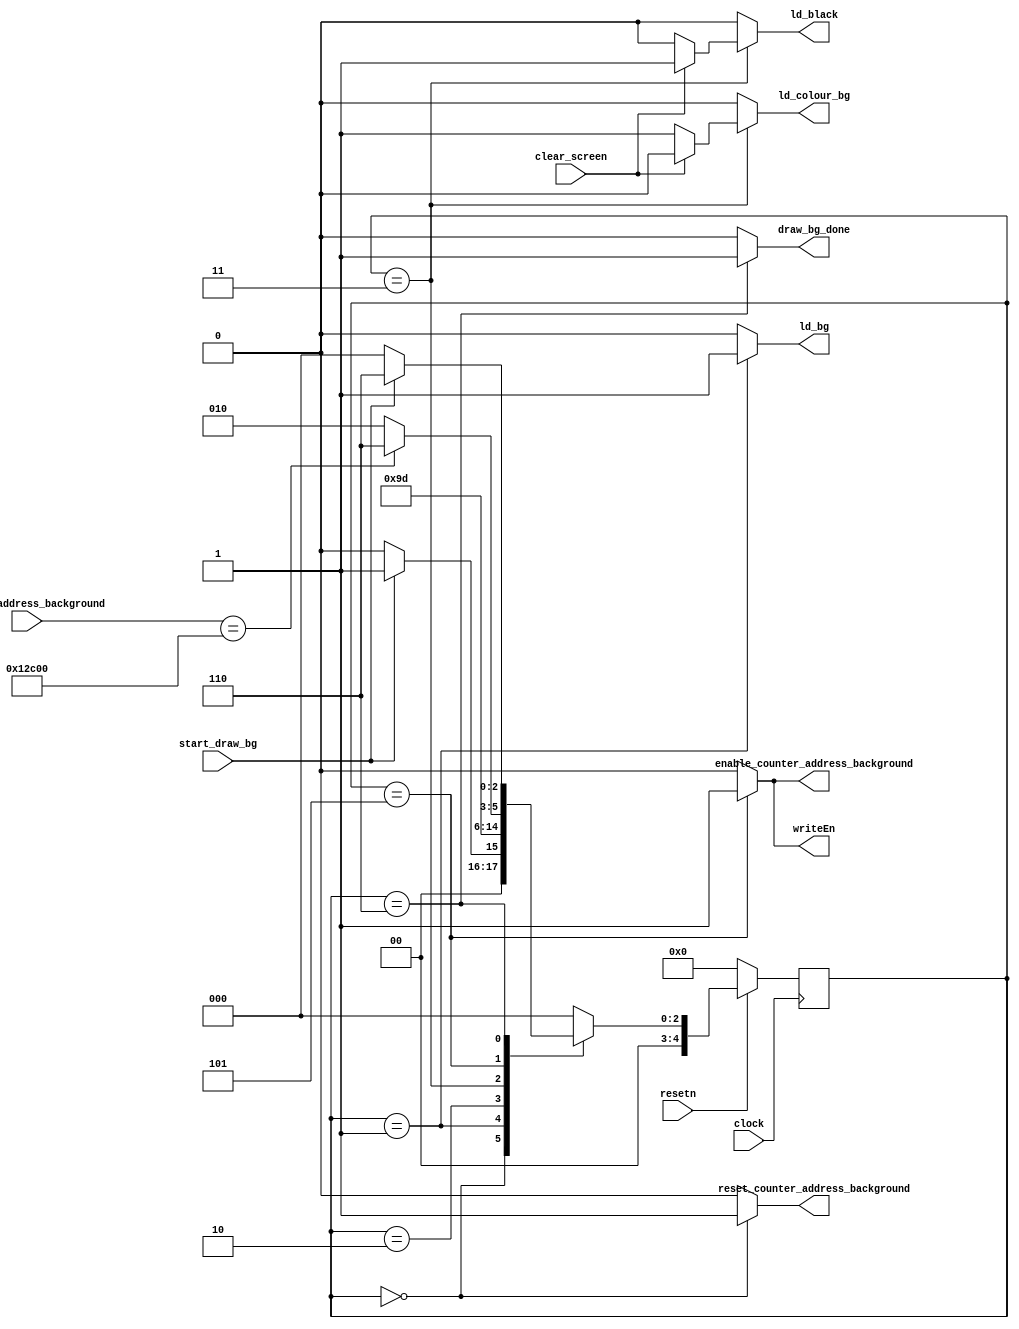

module draw_bg_control(input clock, resetn, start_draw_bg,
		    	input [16:0] counter_address_background,
			input clear_screen,
			output reg draw_bg_done, writeEn,
			output reg ld_bg, ld_colour_bg,	ld_black,
			output reg enable_counter_address_background, reset_counter_address_background
			   );

    reg[4:0] current_state, next_state;

    localparam  S_WAIT_DRAW	     = 5'd0,
	   	S_LOAD_BG		= 5'd1,
		S_WAIT_FOR_READ_BG = 5'd2,
		S_LOAD_COLOUR_BG  =5'd3,
		S_DRAW_BG	     = 5'd5,
		S_DONE_BG	     = 5'd6;

		
    // Next state logic aka our state table
    always@(*)
    begin: state_table 
            case (current_state)
                S_WAIT_DRAW: next_state = start_draw_bg ? S_LOAD_BG: S_WAIT_DRAW;
		// for drawing background
		S_LOAD_BG: next_state = S_WAIT_FOR_READ_BG;  // load initial x,y
		S_WAIT_FOR_READ_BG: next_state = S_LOAD_COLOUR_BG;  // wait for address to change and read in colour
		S_LOAD_COLOUR_BG: next_state = S_DRAW_BG;  // wait one pulse to read in colour
		S_DRAW_BG: next_state = (counter_address_background == 17'd76800) ? S_DONE_BG: S_WAIT_FOR_READ_BG;
		S_DONE_BG: next_state = start_draw_bg ? S_DONE_BG : S_WAIT_DRAW;

            default:     next_state = S_WAIT_DRAW;
        endcase
    end // state_table

    // Output logic aka all of our datapath control signals
    always @(*)
    begin: enable_signals
        // By default make all our signals 0
   	draw_bg_done = 0;
	enable_counter_address_background = 0;
	reset_counter_address_background = 0;
	ld_bg = 0;
	ld_colour_bg = 0;
	ld_black = 0;
	writeEn = 0;

        case (current_state)
		  
		S_WAIT_DRAW: begin
				reset_counter_address_background = 1;
			     end
				  
		S_LOAD_BG: 
				ld_bg = 1; // for initialize x,y to be 0,0
				
		S_LOAD_COLOUR_BG: begin
				if (clear_screen)
				ld_black = 1;
				else
				ld_colour_bg = 1;
				end
				
		S_DRAW_BG: begin
				writeEn = 1;
				enable_counter_address_background = 1;
			   end

		S_DONE_BG: draw_bg_done = 1;
		 
	
        // default:    // don't need default since we already made sure all of our outputs were assigned a value at the start of the always block
        endcase
    end // enable_signals
   
    // current_state registers
    always@(posedge clock)
    begin: state_FFs
        if(!resetn)
            current_state <= S_WAIT_DRAW;
        else
            current_state <= next_state;
    end // state_FFS

endmodule